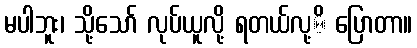
မပါဘူး၊ သို့သော် လုပ်ယူလို့ ရတယ်လု့ိ ပြောတာ။